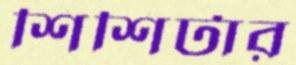
শিশিটার